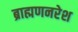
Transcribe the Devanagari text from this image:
ब्राह्मणनरेश